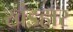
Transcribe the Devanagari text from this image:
खंडहार